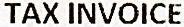
TAX INVOICE